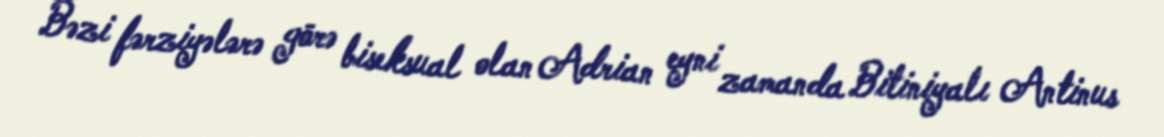
Bəzi fərziyələrə görə biseksual olan Adrian eyni zamanda Bitiniyalı Antinus